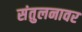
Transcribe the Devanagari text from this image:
संतुलनावर